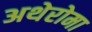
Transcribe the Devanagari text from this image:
अथेरोमा